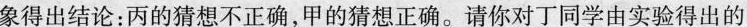
象得出结论：丙的猜想不正确，甲的猜想正确。请你对丁同学由实验得出的